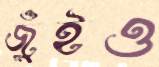
জুঁইও